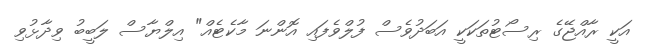
އަކީ ރާއްޖޭގެ ރިސޯޓުތަކަކީ އަބަދުވެސް ފުލްވެފައި އޮންނަ މާކެޓެއް" އިލްޔާސް ލަބީބު ވިދާޅުވި